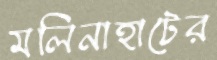
মলিনাহাটের